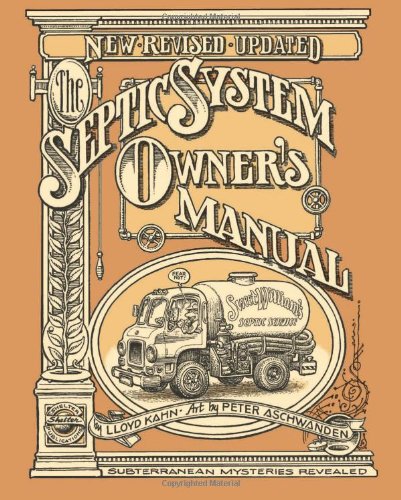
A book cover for The Septic System Owner's Manual; Lloyd Kahn; Arts & Photography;